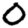
Digit: 0